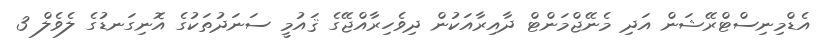
އެޑްމިނިސްޓްރޭޝަން އަދި މެނޭޖްމަންޓް ދާއިރާއަކުން ދިވެހިރާއްޖޭގެ ޤައުމީ ސަނަދުތަކުގެ އޮނިގަނޑުގެ ލެވެލް 3